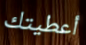
أعطيتك